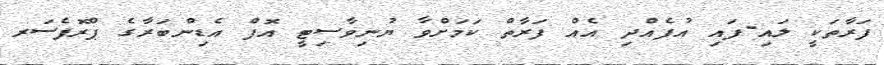
ފަރާތަކީ ލައި-ފައި އުފެއްދި އެއް ފަރާތް ކަމަށްވާ ޔުނިވާސިޓީ އޮފް އެޑިންބަރާގެ ޕްރޮފެސަރ